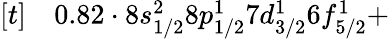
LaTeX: \begin{array}{rl}{[t]}&{{}0.82\cdot 8s_{1/2}^{2}8p_{1/2}^{1}7d_{3/2}^{1}6f_{5/2}^{1}+}\end{array}